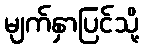
မျက်နှာပြင်သို့